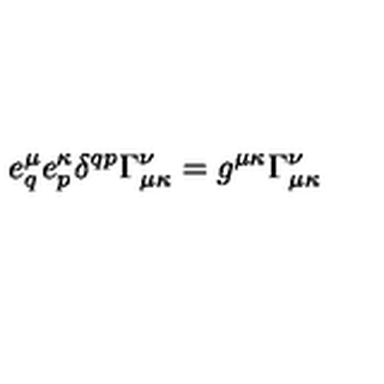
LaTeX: e _ { q } ^ { \mu } e _ { p } ^ { \kappa } \delta ^ { q p } \Gamma _ { \mu \kappa } ^ { \nu } = g ^ { \mu \kappa } \Gamma _ { \mu \kappa } ^ { \nu }